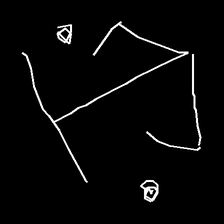
Glyph: earth